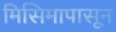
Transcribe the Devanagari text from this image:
मिसिमापासून